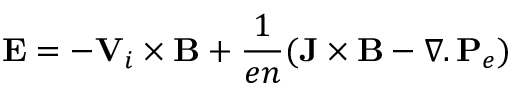
\mathbf E = - \mathbf V _ { i } \times \mathbf B + \frac { 1 } { e n } ( \mathbf J \times \mathbf B - \boldsymbol { \nabla } . \, \mathbf P _ { e } )